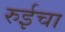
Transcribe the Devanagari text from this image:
रुईचा